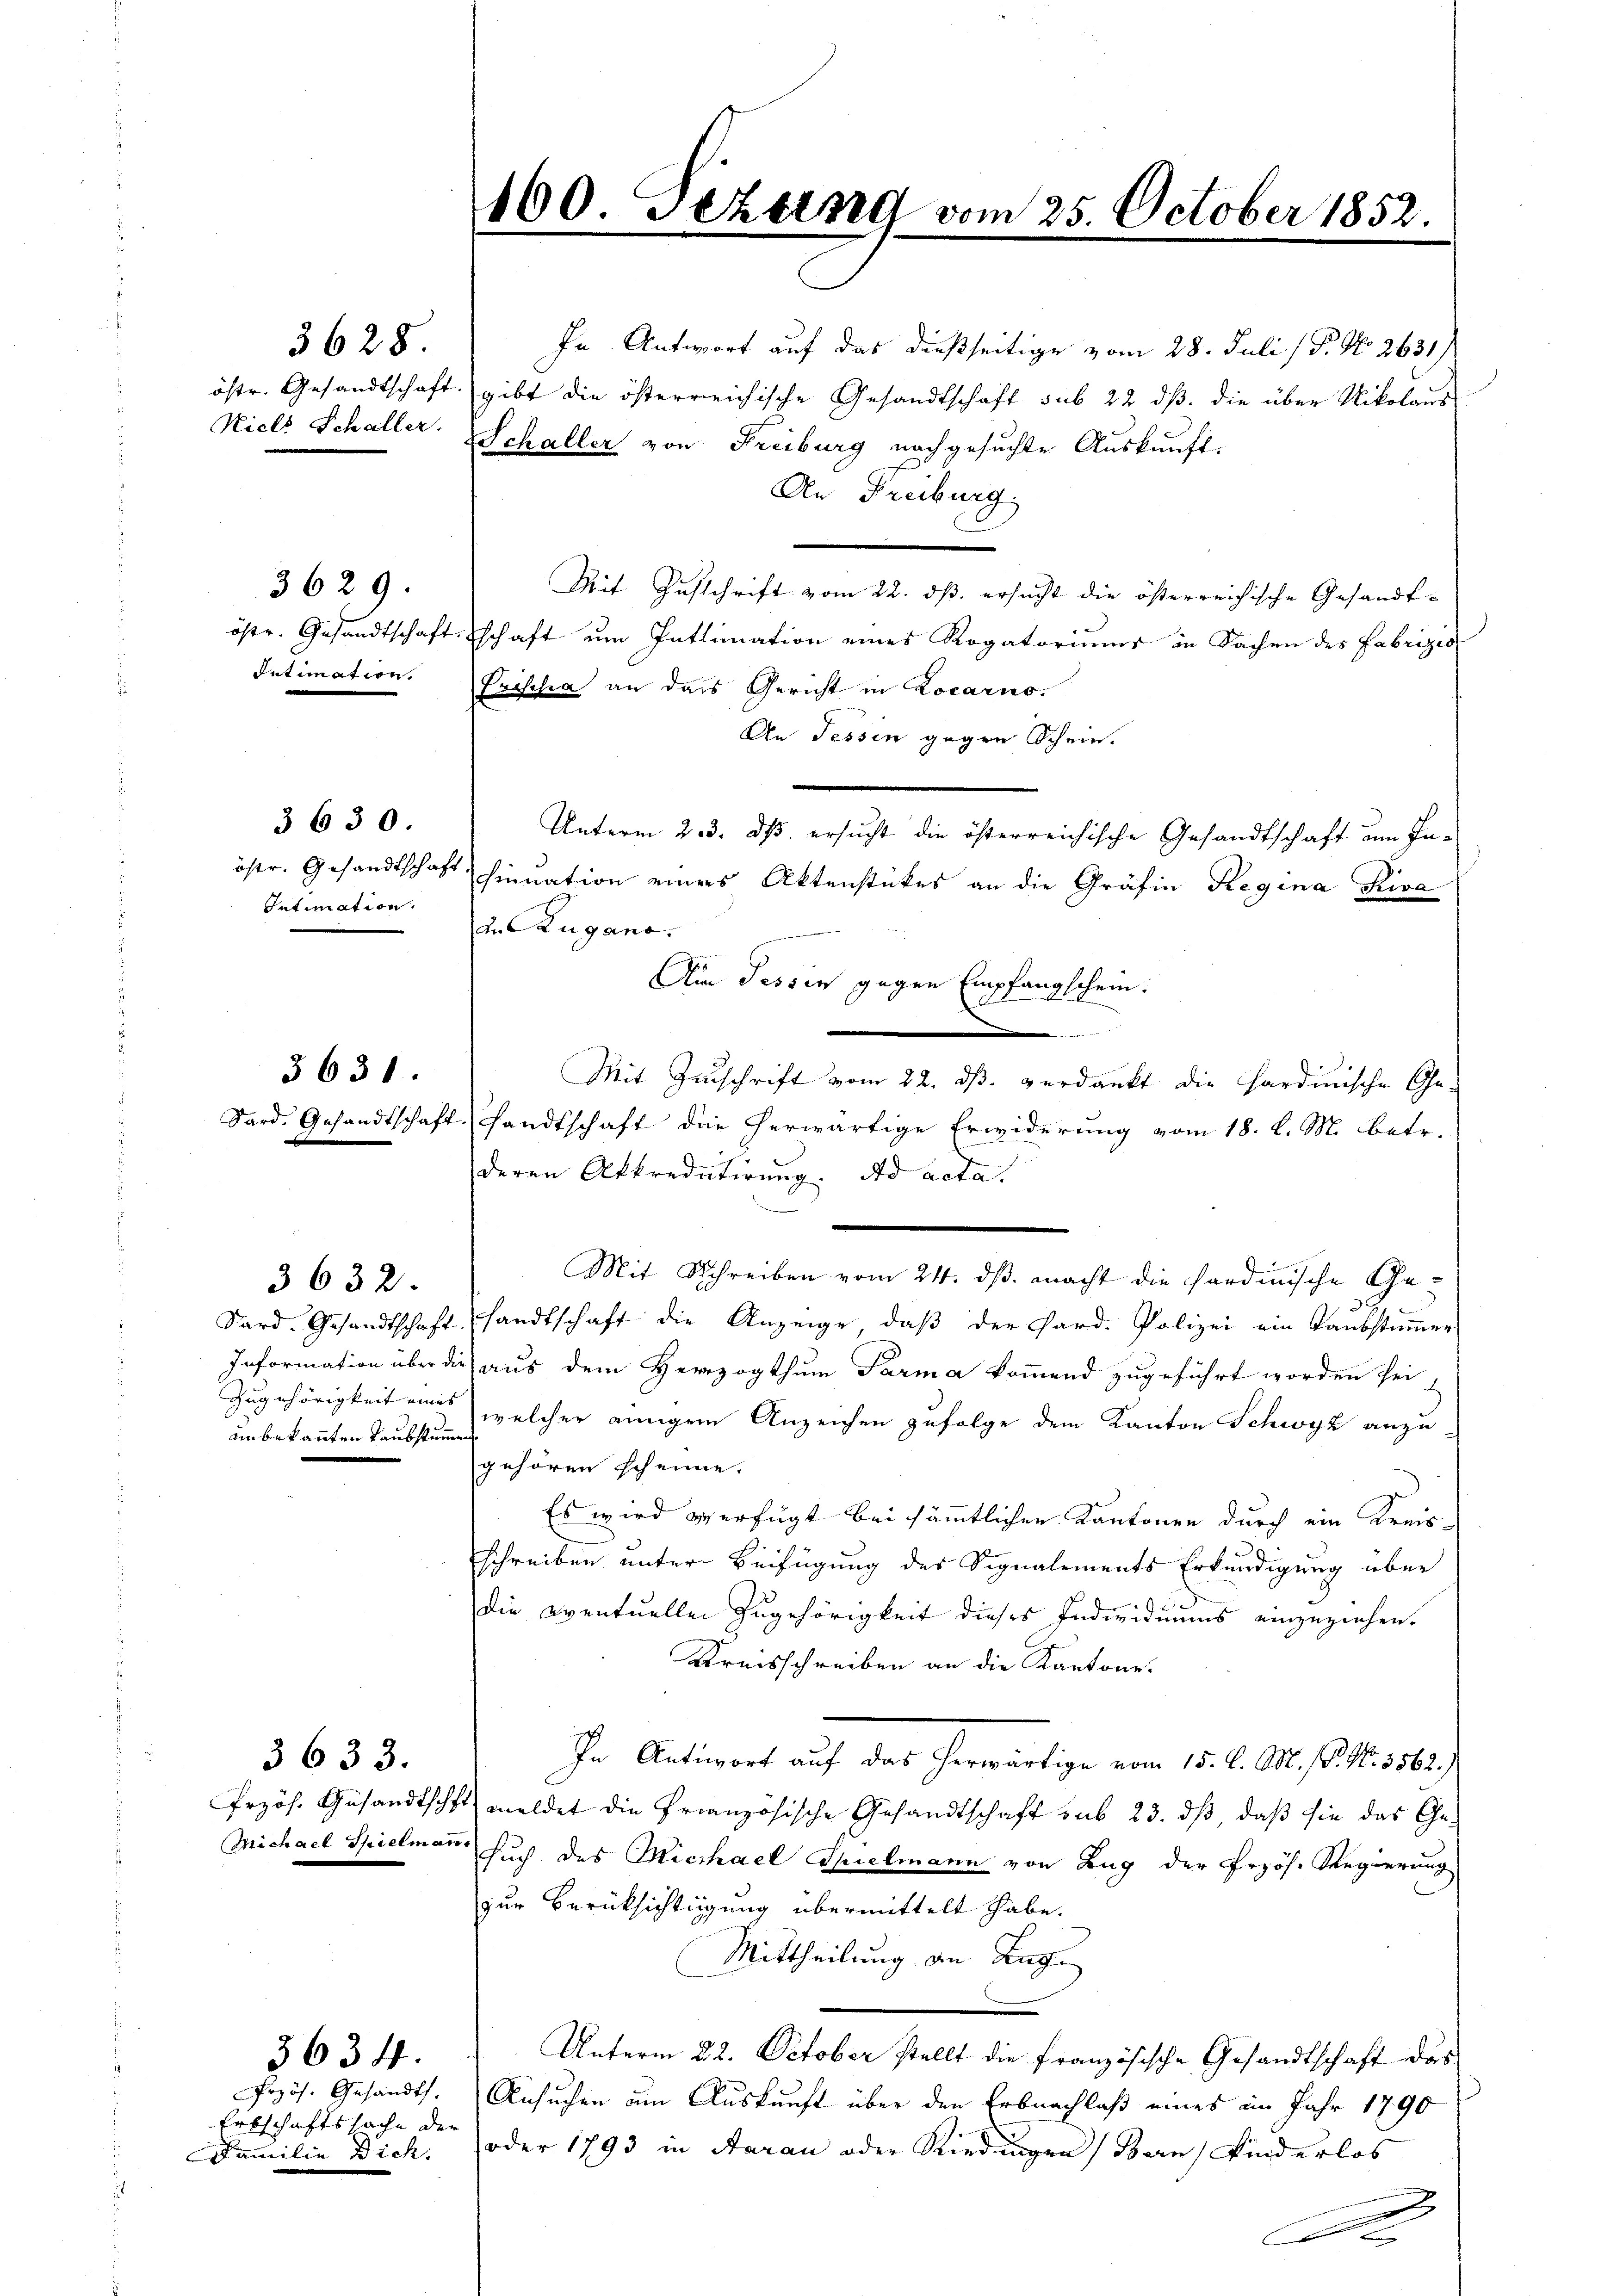
3628

3629.
Intimation.

3 630.
Intimation.

3631.

3632.

3633.

3634.

ain bekannten Taubstummen

Erbschaftssache der
Familie Dich.

östr. Gesandtschaft gibt die österreichische Gesandtschaft sub 22 dβ die über Nikolaus
Niels Schaller Schaller von Freiburg nachgesuchte Auskunft
An Freiburg.
Mit Zuschrift vom 22. ds. ersucht die österreichische Gesandtöstr. Gesandtschaftschaft um Intimation eines Rogatoriums in Sachen des Fabrizio
Prischa an dass Gericht in Locarno.
An Tessin gegen Schein.
Unterm 23. ds. ersucht die österreichische Gesandtschaft um In-
östr. Gesandtschaft hinuation eines Aktenstückes an die Gräfin Regina Riva
an Zugano.
Am Tessin gegen Empfangschein.
.
Mit Zuschrift vom 22. ds. verdankt die Hardinische Ge-
Sard. Gesandtschaft sandtschaft die herwärtige Erwiderung vom 18. d. M. betr.
deren Akkredatirung. Dad acta.
Mit Schreiben vom 24. dß. macht die Sardinische Ge¬
Sard. Gesandtschaft sandtschaft die Anzeige, daβ der Pard. Polizei ein Taubstimmer
Information über die aus dem Herzogthum Parma kommend zugeführt worden sei,
Zugehörigkeit eine welcher einigem Anzeichen gefolge dem Kanton Schwyz anzu
gehören scheine.
Es wird verfügt bei sämmtlichen Kantonen durch ein Kreis-
schreiben unter Beifügung des Signalements Erkundigung über
Die eventuellen Zugehörigkeit dieses Individuums einzuziehen.
Kreisschreiben an die Kantone.
In Antwort auf das herwärtige vom 15. d. M. P. Nr. 1562.)
Przös. Gesandtschft meldet die französische Gesandtschaft sub 23. dß daß sie das Ge¬
Michael Spielmann such des Michael Thielmann von Zug der Erzös. Regierung
zur Berüksichtigung übermittelt habe.
Mittheilung an Aug.
Unterm 22. October stellt die französische Gesandtschaft das
Przös. Gesandts. Ansuchen am Auskunft über den Erbnachlaß eines im Jahr 1890
(oder 1793 in Aarau oder Riedingen Bern) Kinderlos
De

In Antwort auf das dießseitige vom 28. Juli / P. No 2631)

100. Sezung vom 25. October 1852.